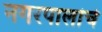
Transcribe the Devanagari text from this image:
नगरपालांचे